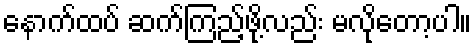
နောက်ထပ် ဆက်ကြည့်ဖို့လည်း မလိုတော့ပါ။